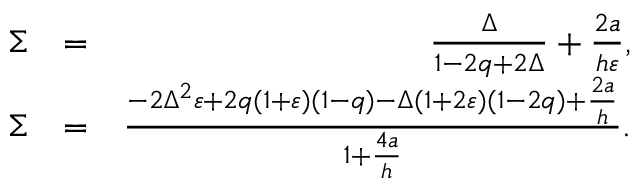
\begin{array} { r l r } { \Sigma } & { = } & { \frac { \Delta } { 1 - 2 q + 2 \Delta } + \frac { 2 a } { h \varepsilon } , } \\ { \Sigma } & { = } & { \frac { - 2 \Delta ^ { 2 } \varepsilon + 2 q ( 1 + \varepsilon ) ( 1 - q ) - \Delta ( 1 + 2 \varepsilon ) ( 1 - 2 q ) + \frac { 2 a } { h } } { 1 + \frac { 4 a } { h } } . } \\ & { } & \end{array}